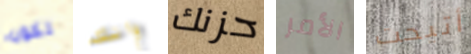
تكون وانك حزنك الأمر أتيحت